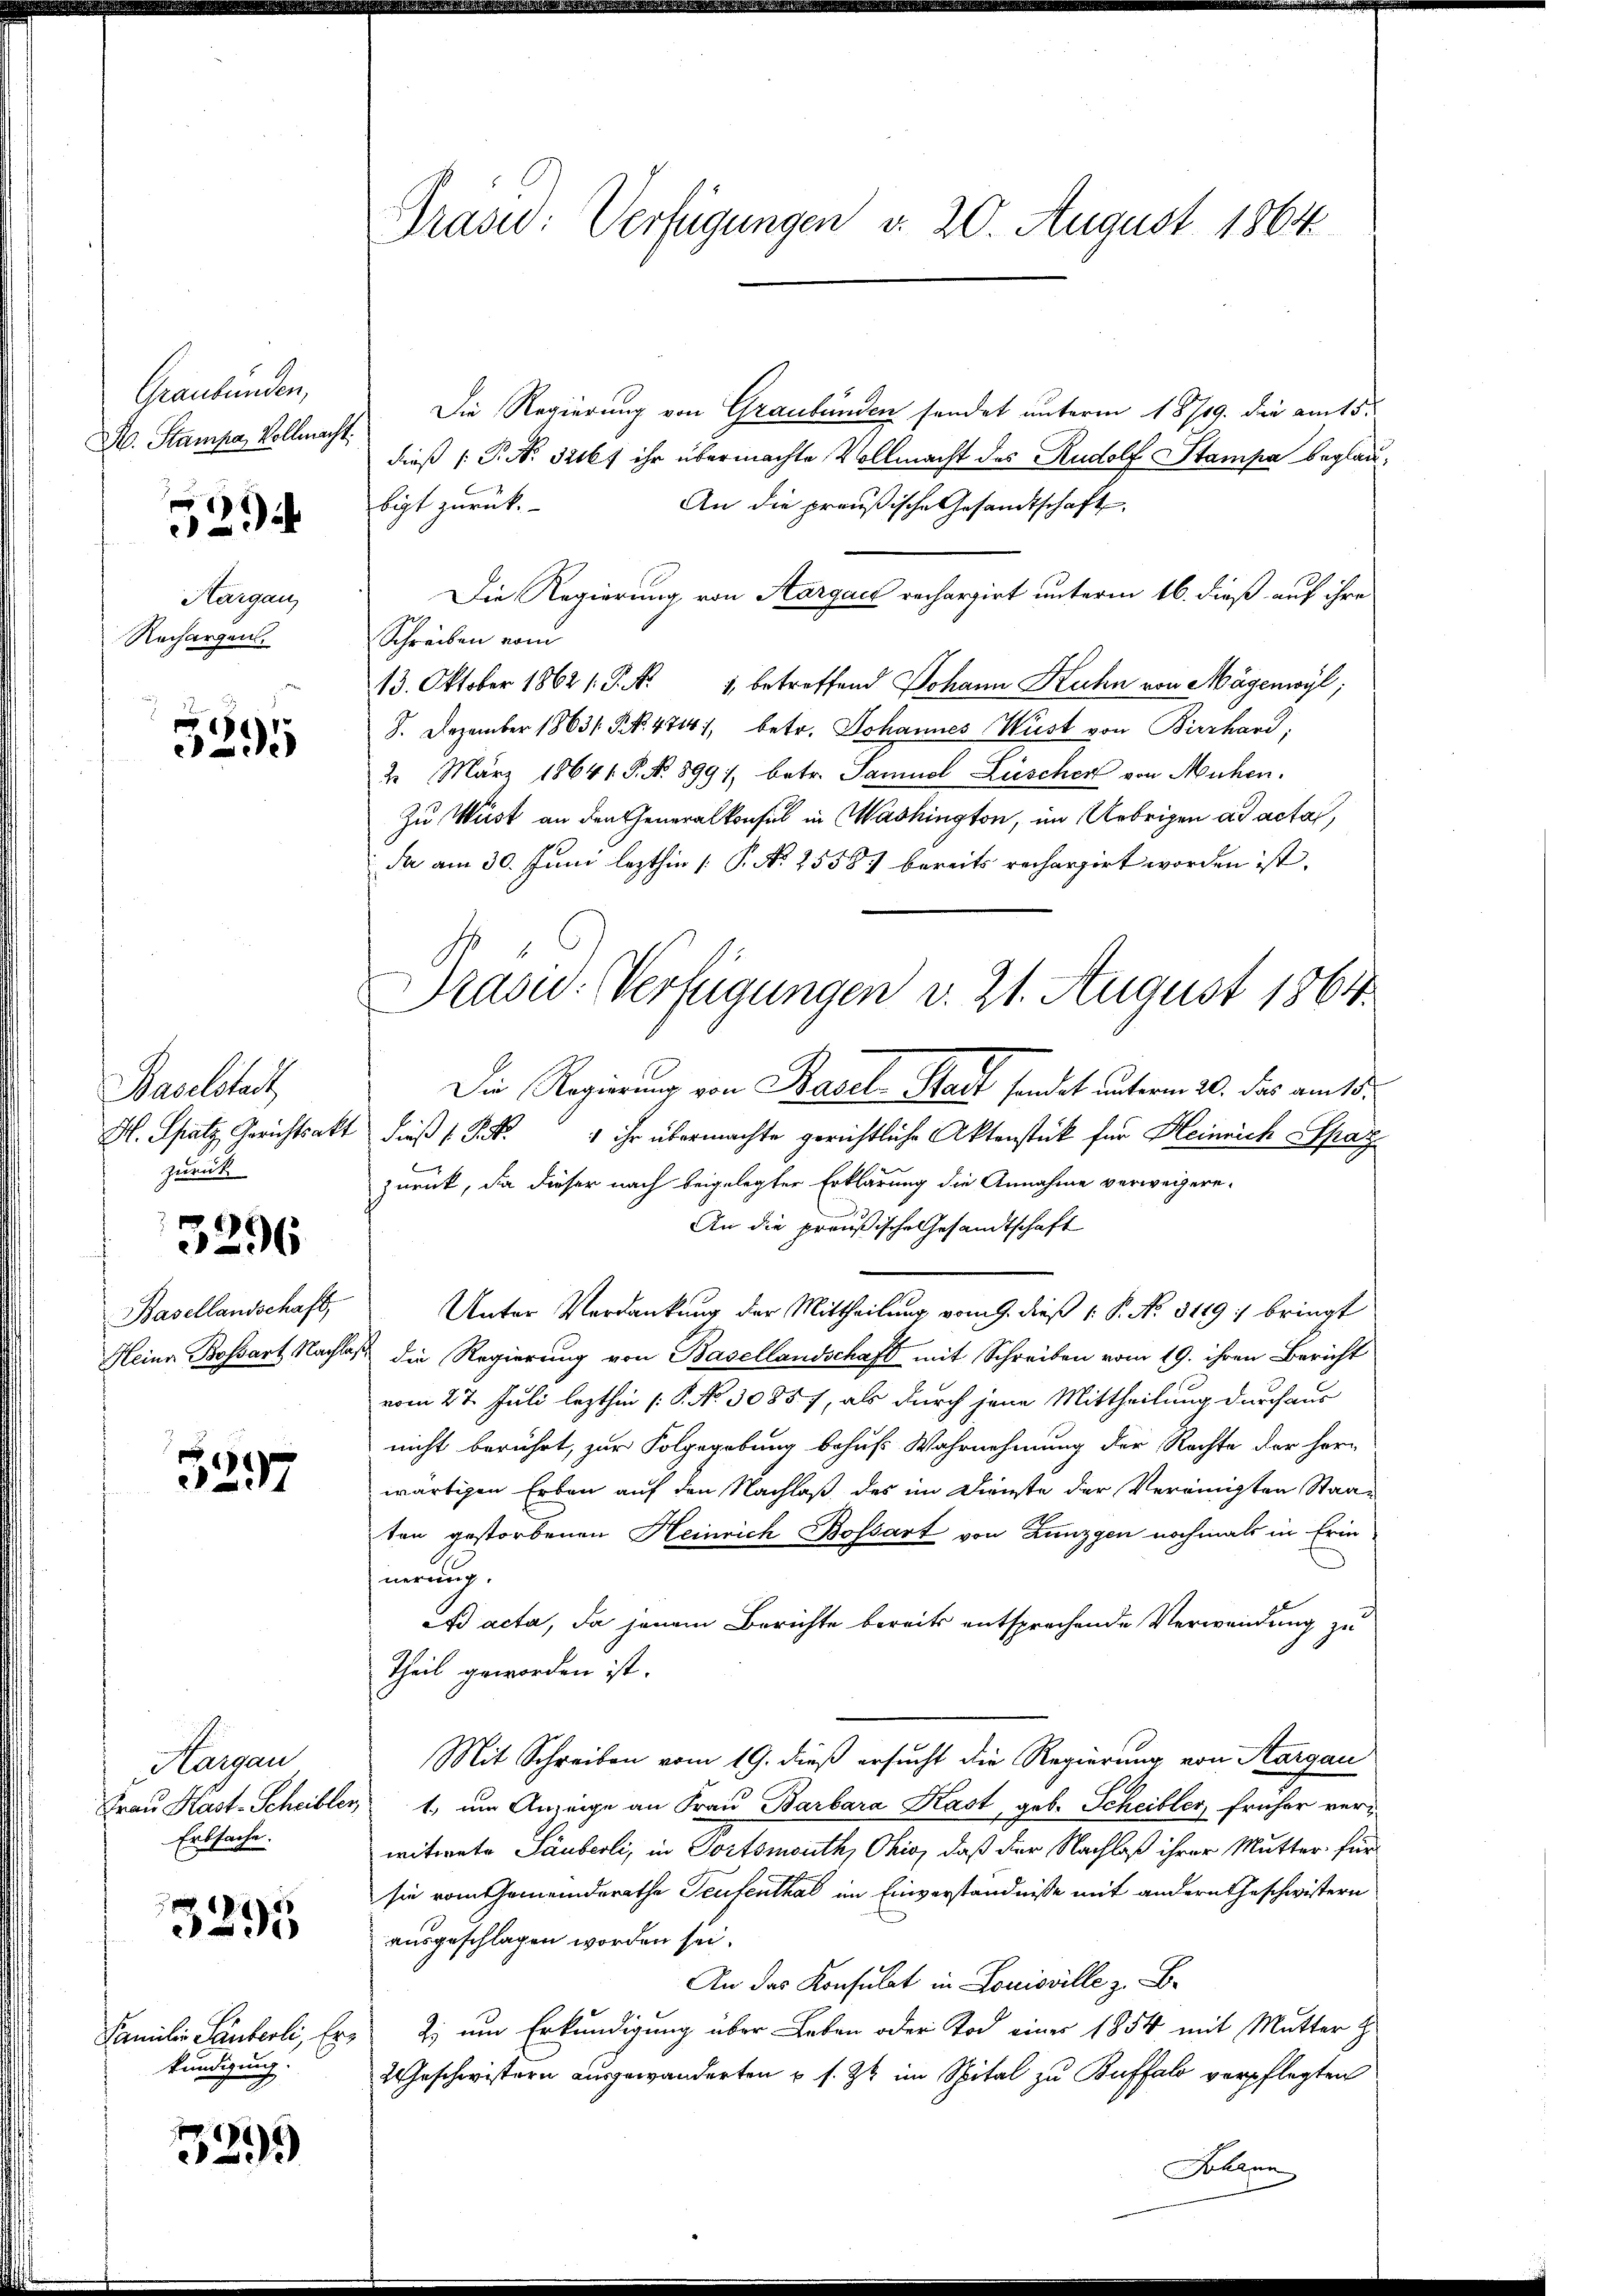
Graubünden,
H. Stampa, Vollmacht:

529

Hargau
Rechargen.

5395

Baselstadt
H. Spatz, Gerichtsakt
zurück.

3296

Basellandschaft,
Heine Bossart Nacht

¬
1

Hargau
Frau Kast. Scheibler,
Erbsache.

3295

Familie Säuberli, Erkundigung.

3295

Präsid: Verfügungen d. 20. August 1864.

Präsid. Verfügungen v. 21. August 1864

Die Regierung von Graubünden sendet unterm 18/19. die am 15.
dieß (: P. Nr. 326 f ihr übermachte Vollmacht des Rudolf Stampa beglaubigt zurück.
An die preußische Gesandtschaft
Die Regierung von Aargace rechargirt unterm 16. dieß auf ihre
Schreiben vom
13. Oktober 1862 s. S. Nr. 1 betreffend Johann Kuhn von Mägenwyl,
8. Dezember 1863 NNo. 47141, betr. Johannes Wüst von Bierhard,
2 März 18641. P. Nr. 8991, betr. Samuel Lüscher von Mühen.
Zu Wüst an den Generalkonsul in Washington, im Uebrigen ad acta,
da am 30. Juni lezthin [P. Nr. 2558) bereits rechargirt worden ist.
Die Regierung von Basel-Stadt sondet unterm 20. das am 15.
dieß (S. 1 ihr übermachte gerichtliche Aktenstück für Kleinrich Spag
b
zurück, da dieser nach beigelegter Erklärung die Annahme verweigere
An die preußische Gesandtschaft
Unter Verdankung der Mittheilung vom 9. dieß 1 S. No. 3119 :/ bringt
die Regierung von Basellandschaft mit Schreiben vom 19. ihren Bericht
vom 27. Juli lezthin (: P. No. 30857, als durch jene Mittheilung durchaus
nicht berührt, zur Folgegebung behufs Wahrnehmung der Rechte der Herr
wärtigen Erben auf den Nachlaß des im Dienste der Vereinigten Staaten gestorbenen Heinrich Bossart von Lunzgen nochmals in Erin
nerung.
ß acta, da jenem Berichte bereits entsprechende Verwendung zu
Theil geworden ist.
Mit Schreiben vom 19. dieß ersucht die Regierung von Aargau
1. um Anzeige an Frau Barbara Kast, geb. Scheibler, früher verwitwete Säuberli, in Fortsmouth, Ohio, daß der Nachlaß ihrer Mutter für
sie vom Gemeinderathe Teufenthal im Einverständnisse mit andern Geschwistern
ausgeschlagen worden sei.
An das Konsulat in Louisville z. B.
Zi um Erkundigung über Leben oder Tod einer 1854 mit Mutter H
2 Geschwistern ausgewanderten u. s. Zt. im Spital zu Buffalo verpflegten
alien